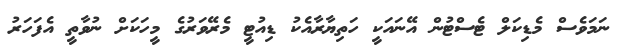
ނަމަވެސް މެޑިކަލް ޓެސްޓުން އޭނައަކީ ހަތިޔާރާއެކު ޑިއުޓީ މެރޭވަރުގެ މީހަކަށް ނުވާތީ އެފަހަރު